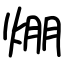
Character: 焩